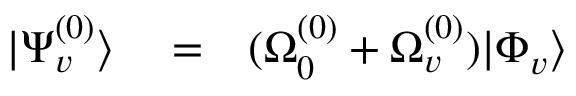
\begin{array} { r l r } { | \Psi _ { v } ^ { ( 0 ) } \rangle } & { { } = } & { ( \Omega _ { 0 } ^ { ( 0 ) } + \Omega _ { v } ^ { ( 0 ) } ) | \Phi _ { v } \rangle } \end{array}